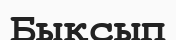
Бықсып